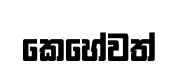
කෙහේවත්